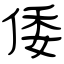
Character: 倭